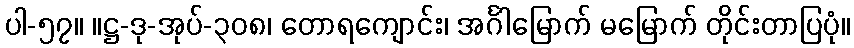
ပါ-၅၇။ ။ဋ္ဌ-ဒု-အုပ်-၃၀၈၊ တောရကျောင်း၊ အင်္ဂါမြောက် မမြောက် တိုင်းတာပြပုံ။